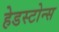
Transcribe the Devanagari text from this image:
हेडस्टोन्स